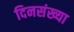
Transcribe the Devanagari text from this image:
दिनसंख्या